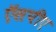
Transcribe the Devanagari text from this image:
ऍसपीए